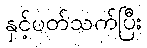
နှင့်ပတ်သက်ပြီး